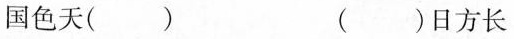
国色天( ) ( )日方长